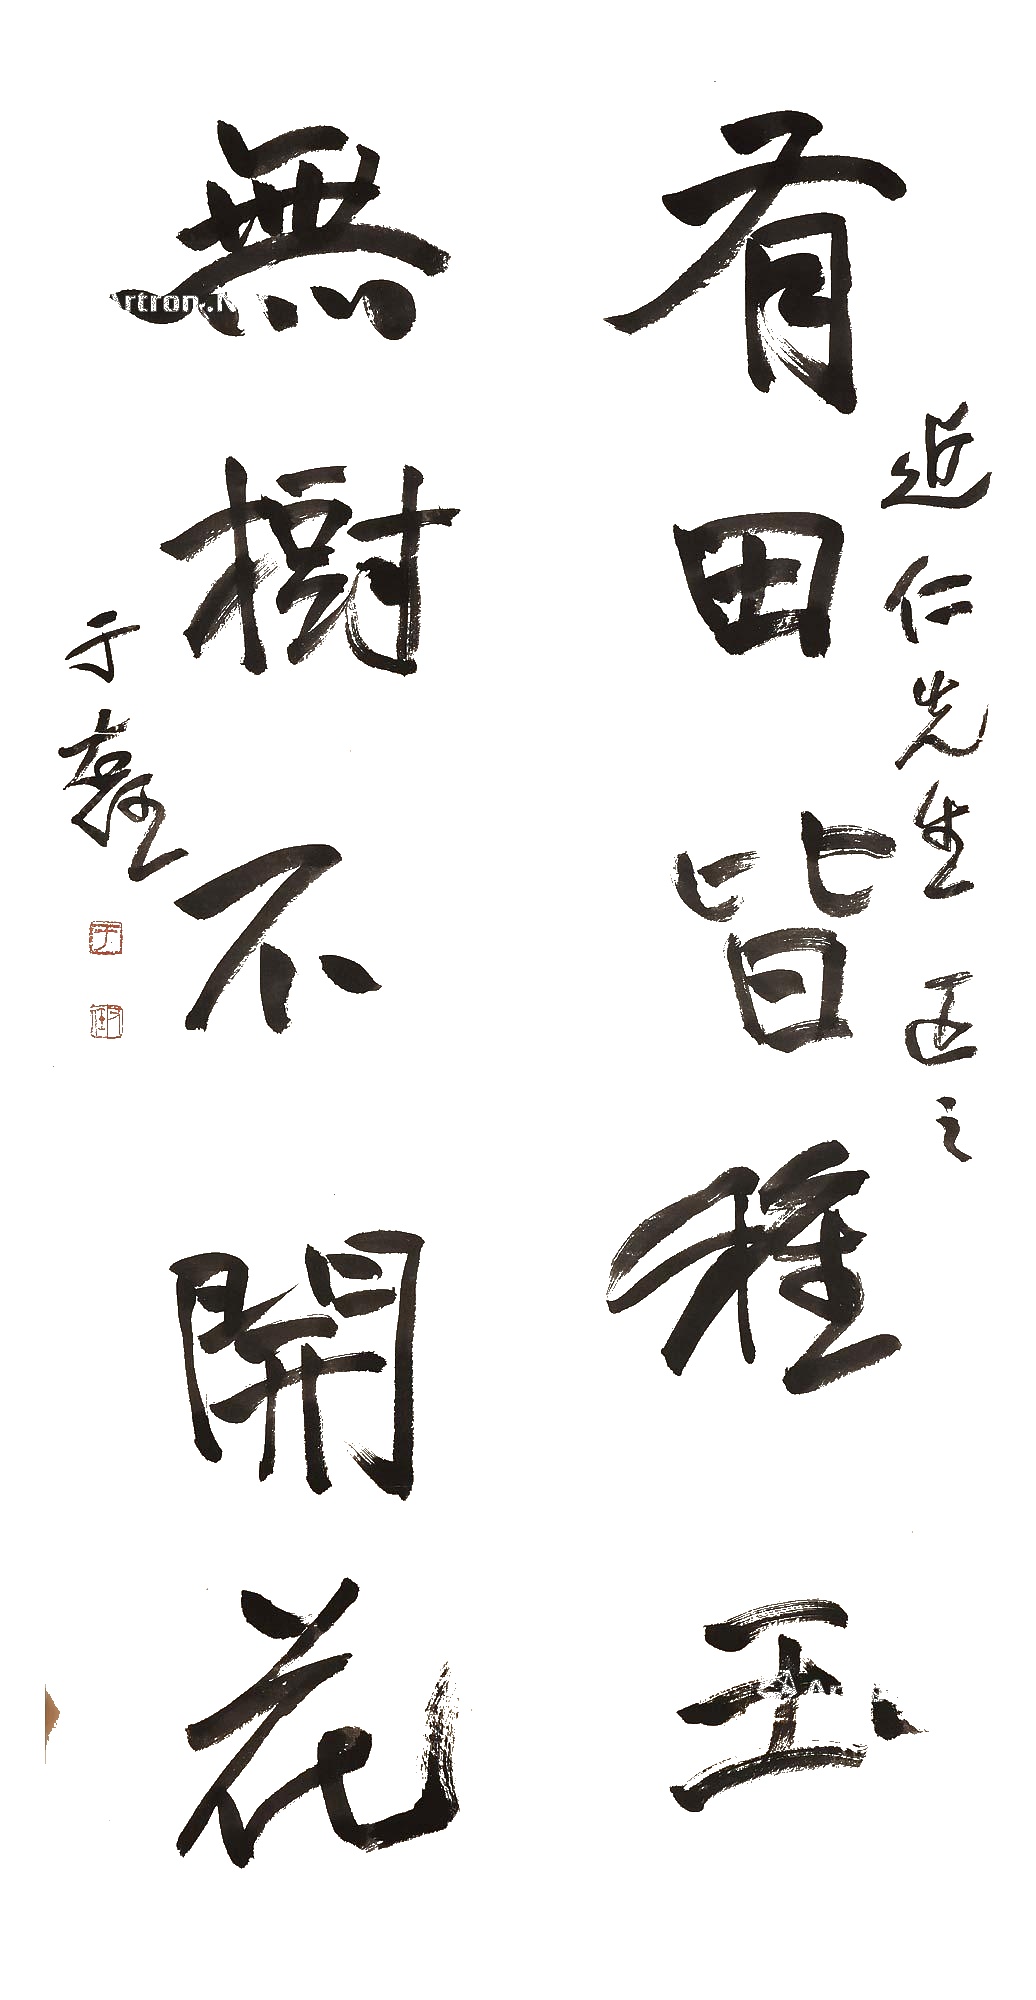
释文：有田皆种玉，无树不开花。近仁先生正之，于右仁。